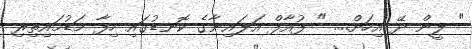
" ލީން ދޭ އިހަށް.... " ފުއާފް އަލައިނާގެ ކޮނޑުގައި ހިފާ މަޑުމައިތިރި